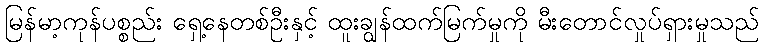
မြန်မာ့ကုန်ပစ္စည်း ရှေ့နေတစ်ဦးနှင့် ထူးချွန်ထက်မြက်မှုကို မီးတောင်လှုပ်ရှားမှုသည်